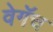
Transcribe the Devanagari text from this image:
वेगॅच